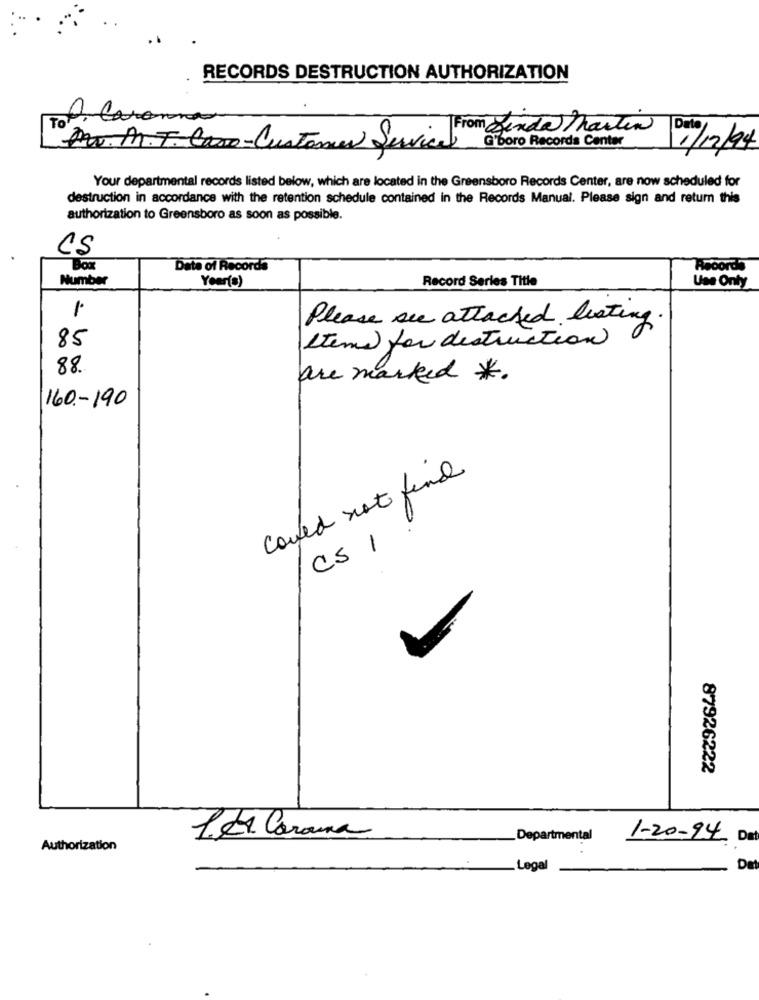
RECORDS DESTRUCTION AUTHORIZATION
To
O. Carama
Date
Av. M.T. Caso-Customer Service From ainda Martin
G'boro Records Center
1/12/94
Your departmental records listed below, which are located in the Greensboro Records Center, are now scheduled for
destruction in accordance with the retention schedule contained in the Records Manual. Please sign and return this
authorization to Greensboro as soon as possible.
CS
Box
Date of Records
Records
Number
Year(s)
Record Series Title
Use Only
1.
Please see attached listing.
85
Items for destruction
88.
are marked *.
160-190
could not find
CS 1
87926222
1 de Corana
Departmental
1-20-94 Dat
Authorization
Legal
DE